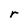
Character: r